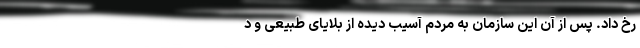
رخ داد. پس از آن این سازمان به مردم آسیب دیده از بلایای طبیعی و د